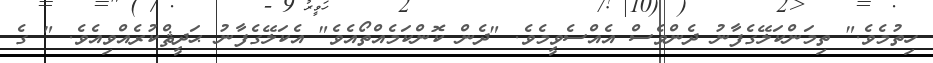
ހިތުމެވެ." ތިމަންކަލޭގެފާނު ދެންވެސް އެއްސެވީމެވެ. "ދެން ކޮންކަމެއްތޯއެވެ" އެކަލޭގެފާނު ޙަދީޘްކުރެއްވިއެވެ. " ގެ